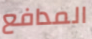
المدافع